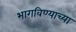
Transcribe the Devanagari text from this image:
भागविण्याच्या